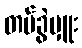
တပ်ခွဲမှူး